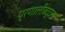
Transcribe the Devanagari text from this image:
प्रणालीबद्दल